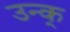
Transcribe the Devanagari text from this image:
उन्क्